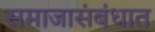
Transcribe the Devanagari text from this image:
समाजासंबंधात